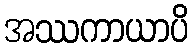
အဿကာယာပိ